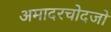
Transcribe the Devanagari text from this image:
अमादरचोदजो